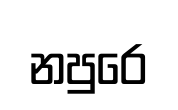
නපුරෙ